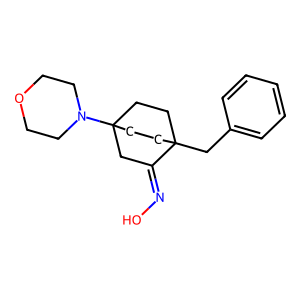
SMILES: ON=C1CC2(N3CCOCC3)CCC1(Cc1ccccc1)CC2
Inhibits HIV replication: No